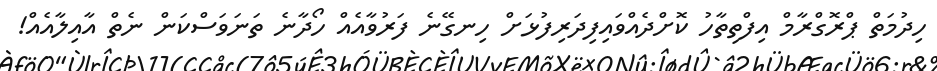
ހިދުމަތް ޕްރޮގްރާމް އިފްތިތާހު ކޮށްދެއްވައިފިދަރިފުޅަށް ހިނގޭނެ ފަރުވާއެއް ހޯދާނެ ތަނަވަސްކަން ނެތް އާއިލާއެއް!